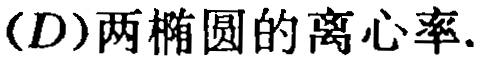
(D)两椭圆的离心率.